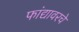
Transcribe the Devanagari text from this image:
फांद्यावरचे